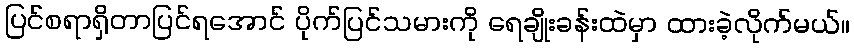
ပြင်စရာရှိတာပြင်ရအောင် ပိုက်ပြင်သမားကို ရေချိုးခန်းထဲမှာ ထားခဲ့လိုက်မယ်။